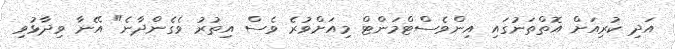
އަދި ކުރިއަށް އޮތްތަނުގައި އިންވެސްޓްމަންޓް މިއަށްވުރެ ވެސް އިތުރު ވެގެންދާނެ" އޭނާ ވިދާޅުވި